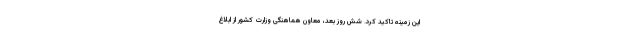
این زمینه تاکید کرد. شش روز بعد، معاون هماهنگی وزارت کشور از ابلاغ